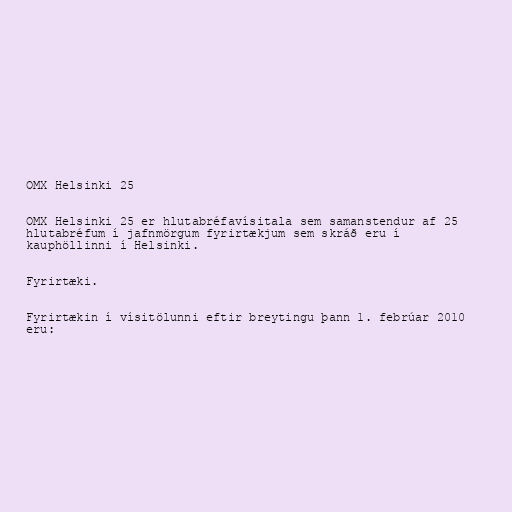
OMX Helsinki 25

OMX Helsinki 25 er hlutabréfavísitala sem samanstendur af 25
hlutabréfum í jafnmörgum fyrirtækjum sem skráð eru í
kauphöllinni í Helsinki.

Fyrirtæki.

Fyrirtækin í vísitölunni eftir breytingu þann 1. febrúar 2010
eru: